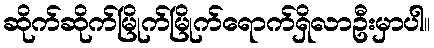
ဆိုက်ဆိုက်မြိုက်မြိုက်ရောက်ရှိလာဦးမှာပါ။